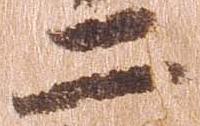
二